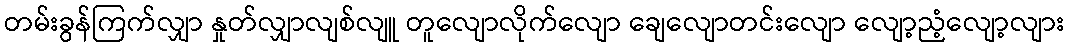
တမ်းခွန်ကြက်လျှာ နှုတ်လျှာလျစ်လျူ တူလျောလိုက်လျော ချေလျောတင်းလျော လျော့ညံ့လျော့လျား